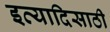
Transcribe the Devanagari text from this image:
इत्यादिसाठी